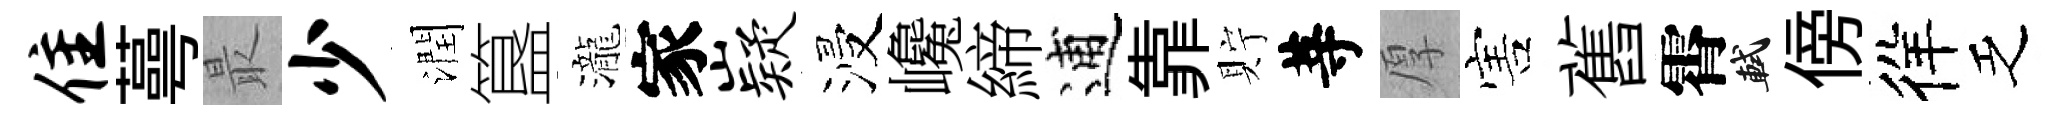
隹蕚最少潤簋瀧家嶷浸巉締逋靠貯䓁厚害舊霄軾傍徉乏